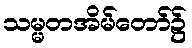
သမ္မတအိမ်တော်၌